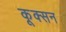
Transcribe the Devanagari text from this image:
कूक्सन